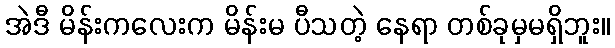
အဲဒီ မိန်းကလေးက မိန်းမ ပီသတဲ့ နေရာ တစ်ခုမှမရှိဘူး။